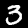
Digit: 3